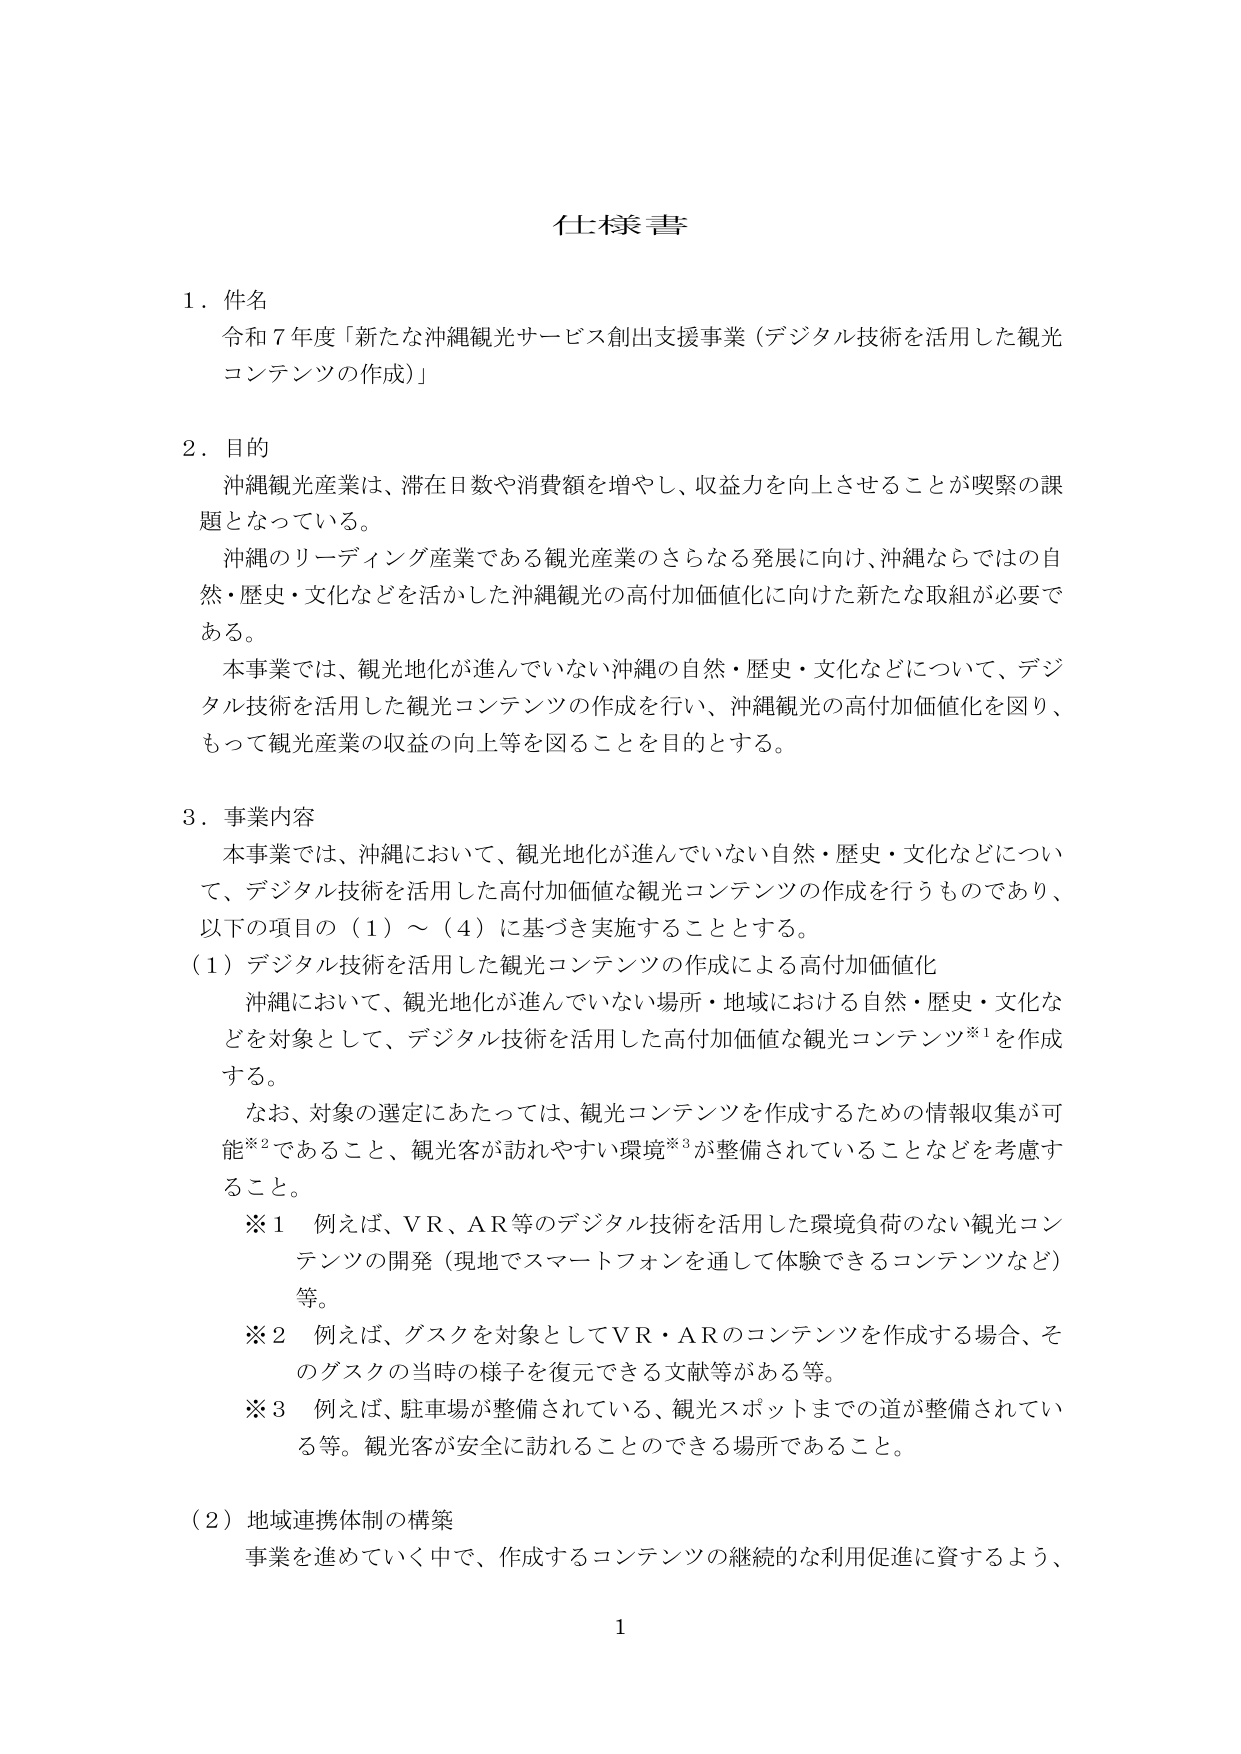
仕様書

1. 件名
令和7年度「新たな沖縄観光サービス創出支援事業（デジタル技術を活用した観光コンテンツの作成）」

2. 目的
沖縄観光産業は、滞在日数や消費額を増やし、収益力を向上させることが喫緊の課題となっている。
沖縄のリーディング産業である観光産業のさらなる発展に向け、沖縄ならではの自然・歴史・文化などを活かした沖縄観光の高付加価値化に向けた新たな取組が必要である。
本事業では、観光地化が進んでいない沖縄の自然・歴史・文化などについて、デジタル技術を活用した観光コンテンツの作成を行い、沖縄観光の高付加価値化を図り、もって観光産業の収益の向上等を図ることを目的とする。

3. 事業内容
本事業では、沖縄において、観光地化が進んでいない自然・歴史・文化などについて、デジタル技術を活用した高付加価値な観光コンテンツの作成を行うものであり、以下の項目の（1）～（4）に基づき実施することとする。

（1）デジタル技術を活用した観光コンテンツの作成による高付加価値化
沖縄において、観光地化が進んでいない場所・地域における自然・歴史・文化などを対象として、デジタル技術を活用した高付加価値な観光コンテンツ※1を作成する。
なお、対象の選定にあたっては、観光コンテンツを作成するための情報収集が可能※2であること、観光客が訪れやすい環境※3が整備されていることなどを考慮すること。

※1 例えば、VR、AR等のデジタル技術を活用した環境負荷のない観光コンテンツの開発（現地でスマートフォンを通して体験できるコンテンツなど）等。
※2 例えば、グスクを対象としてVR・ARのコンテンツを作成する場合、そのグスクの当時の様子を復元できる文献等がある等。
※3 例えば、駐車場が整備されている、観光スポットまでの道が整備されている等。観光客が安全に訪れることのできる場所であること。

（2）地域連携体制の構築
事業を進めていく中で、作成するコンテンツの継続的な利用促進に資するよう、

1